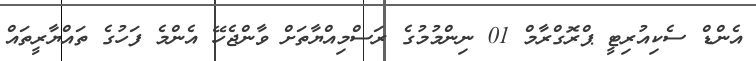
އެންޑް ސެކިއުރިޓީ ޕްރޮގްރާމް 01 ނިންމުމުގެ ރަސްމިއްޔާތަށް ވާންޖެހޭ އެންމެ ފަހުގެ ތައްޔާރީތައް